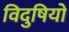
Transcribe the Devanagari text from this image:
विदुषियो